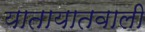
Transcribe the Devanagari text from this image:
यातायातवाली